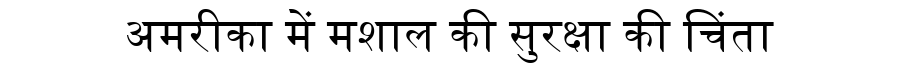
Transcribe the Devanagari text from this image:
अमरीका में मशाल की सुरक्षा की चिंता